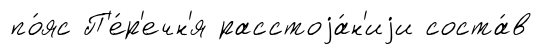
по́яс П'е́р'ечн'я расстоjа́н'иjи соста́в